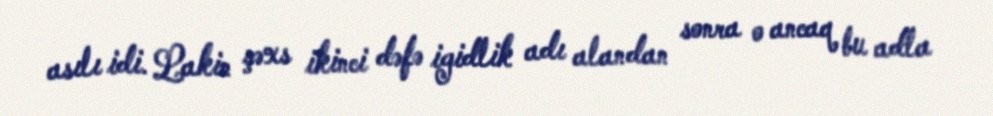
asılı idi. Lakin şəxs ikinci dəfə igidlik adı alandan sonra o ancaq bu adla